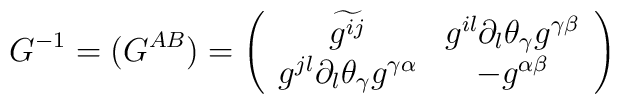
G^{-1}=(G^{AB})=\left( \begin{array}{cc} \widetilde{{g}^{ij}} &g^{il}\partial_l\theta_\gamma g^{\gamma \beta } \\ g^{jl}\partial_l\theta_\gamma g^{\gamma \alpha } & -g^{\alpha \beta }\end{array} \right)